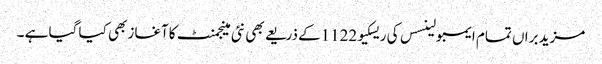
مزید براں تمام ایمبولینسس کی ریسکیو1122کے ذریعے بھی نئی مینجمنٹ کاآغاز بھی کیا گیا ہے ۔